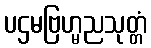
ပဌမဗြဟ္မညသုတ္တံ